Vaccination in Bombay 1869-1873 - 1869-1873
Year: 1869
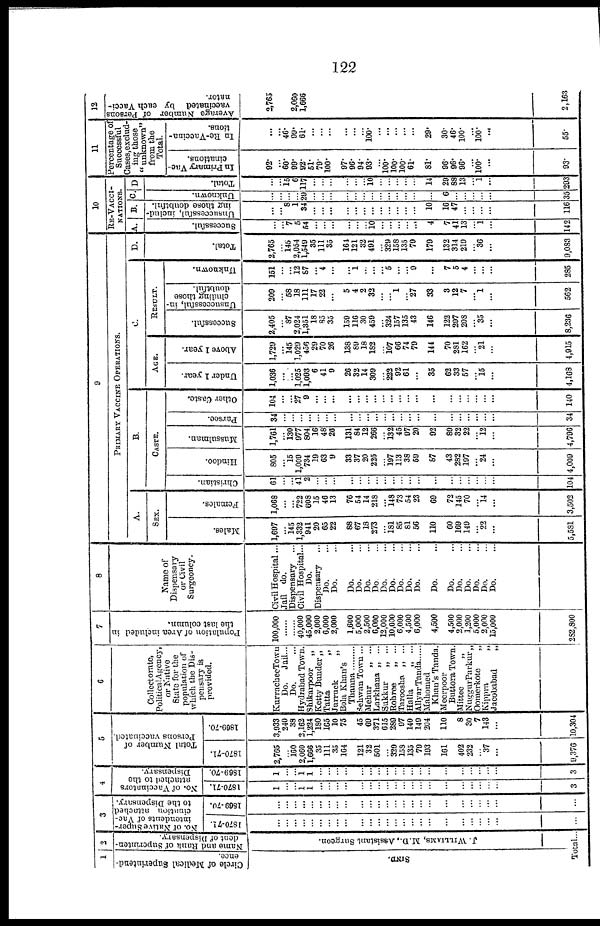
122
1
Circle of Medical Superintend-
ence.
SIND.
2
Name and Rank of Superinten-
dent of Dispensary.
J. WILLIAMS, M.D., Assistant Surgeon.
Total...
3
No. of Native Super-
intendents of Vac¬
cination attached
to the Dispensary.
1870-71.
...
...
...
...
...
...
...
...
...
...
...
...
...
...
... ...
...
...
...
...
...
...
...
...
...
1869-70.
...
...
...
...
...
...
...
...
...
...
...
...
...
...
... ...
...
...
...
...
...
...
...
...
...
4
No. of Vaccinators
attached to the
Dispensary.
1870-71.
1
...
...
1 1
...
...
...
...
...
...
...
...
...
... ...
...
...
...
...
...
...
...
...
3
1869-70.
1
...
... 1
1
...
...
...
...
...
...
...
...
...
... ...
...
...
...
...
...
...
...
...
3
5
Total Number of
Persons vaccinated.
1870-71.
2,765
... 160
2,060
1,666
35
111
35
164
121
32
501
... 320
158
135
79
193
161
402
232
...
37
...
9,376
1869-70.
3,933
240
38
2,162
1,224
180
165
10
75
45
69
371
615
289
97
140
149
204
110
8
30
7
143
...
10,304
6
Collectorate,
PoliticalAgency,
or Native
State for the
population of
which the Dis-
pensary is
provided.
KurracheeTown
Do.
Jail...
Do. ...
Hydrahad Town.
Shikarpoor
„
Ketty Bunder „
Tatta „
Jurruck
„
Bola Khan's
Thanna .........
Sehwan Town ...
Mehur „ ...
Larkhana „ ...
Sukkur „ ...
Rohree
„ ...
Taroosha „ ...
Halla
„ ...
Allyar Tanda......
Mahomed
Khan's Tanda.
Meerpoor
Buttora Town.
Mittee
„
Nuggur Parkur „
Oomerkote
„
Kippra
„
Jacobabad
„
7
Population of Area included in
the last column.
100,000
......
...... 40,000
45,000
2,000
6,000
2,000
1,600
5,000
2,500
6,000
12,000
10,000
6,000
4,500
6,000
4,500
4,500
2,000
1,200
5,000
2,000
15,000
282,800
8
Name of
Dispensary
or Civil
Surgeoncy.
Civil Hospital...
Jail
do.
Dispensary
...
Civil Hospital ...
Do.
Dispensary ...
Do. ...
Do. ...
Do. ...
Do. ...
Do. ...
Do. ...
Do. ...
Do. ...
Do. ...
Do. ...
Do. ...
Do. ...
Do. ...
Do. ...
Do. ...
Do. ...
Do. ...
Do. ...
9
PRIMARY VACCINE OPERATIONS.
A.
SEX.
Males.
1,697
... 145
1,332
941
20
65
22
88
67
18
273
... 181
85
81
56
110
60
169
149
...
22
...
5,581
Females.
1,068
...
... 722
608
15
46
13
76
54
14
218
... 148
73
54
23
69
72
145
70
...
14
...
3,502
B.
CASTE.
Christian.
61
...
... 41
2
...
...
...
...
...
...
...
...
... ...
...
...
...
...
... ...
...
...
...
104
Hindoo.
805
... 15
1,009
734
19
63
9
33
37
20
225
... 197
113
38
59
87
43
282
197
...
24
...
4,009
Mussulman.
1,761
... 130
977
804
16
48
26
131
84
12
266
... 132
45
97
20
92
89
32
22
...
12
...
4,796
Parsee.
34
...
...
...
...
...
...
...
...
...
...
...
...
...
... ...
...
...
...
...
...
...
...
...
34
Other Caste.
104
...
... 27
9
...
...
...
...
...
...
...
... ...
...
...
...
...
...
...
...
...
...
140
C.
AGE.
Under 1 year.
1,036
...
... 1,025
1,093
6
41
9
26
32
14
309
... 222
92
61
...
35
62
33
57
...
15
...
4,168
Above 1 year.
1,729
... 145
1,029
456
29
70
26
138
89
18
182
... 107
66
74
79
144
70
281
162
...
21
...
4,915
RESULT.
Successful.
2,405
... 87
2,024
1,351
18
85
35
159
116
30
459
... 324
157
135
43
146
122
297
208
...
35
...
8,236
Unsuccessful, in-
cluding those
doubtful.
209
... 58
18
111
17
22
...
5
4
2
32
...
... 1
...
27
33
3
12
7
...
1
...
562
Unknown.
151
...
... 12
87
... 4
...
...
1
...
...
... 5
...
...
9
...
7
5
4
...
...
...
285
D.
Total.
2,765
... 145
2,054
1,549
35
111
35
164
121
32
491
... 329
158
135
79
179
132
314
210
...
36
...
9,083
10
RE-VACCI-
NATIONS.
A.
Successful.
...
... 7
5
54
...
...
...
...
...
... 10
...
... ...
...
...
4
7
41
13
...
1
...
142
B.
Unsuccessful, includ-
ing those doubtful.
...
... 8
1
34
...
...
...
...
...
...
...
...
... ...
...
...
10
16
47
...
...
...
...
116
C
Unknown.
...
...
...
... 29
...
...
...
...
...
...
...
...
... ...
...
...
...
6
...
...
...
...
...
35
D
Total.
...
... 15
6
117
...
...
...
...
...
... 10
...
... ...
...
...
14
29
88
13
...
1
...
293
11
Percentage of
Successful
Cases,exclud¬
ing those
" unknown"
from the
Total.
In Primary Vac-
cinations.
92.
... 60.
99.
92.
51.
79.
100.
97.
96.
94.
93.
... 100.
100.
100.
61.
81.
96.
96.
96.
...
100.
...
93.
In Re-Vaccina-
tions.
...
... 46.
99.
61.
...
...
...
...
...
... 100.
...
... ...
...
...
29.
30.
46.
100.
...
100.
...
55.
12
Average Number of Persons
vaccinated by each Vacci¬
nator.
2,765
2,060
1,666
2,163